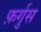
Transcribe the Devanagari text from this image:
फ़र्गुस